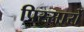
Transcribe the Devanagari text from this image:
पिस्सार्रो